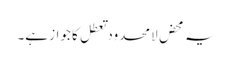
یہ محض لامحدود تعطل کا جواز ہے۔